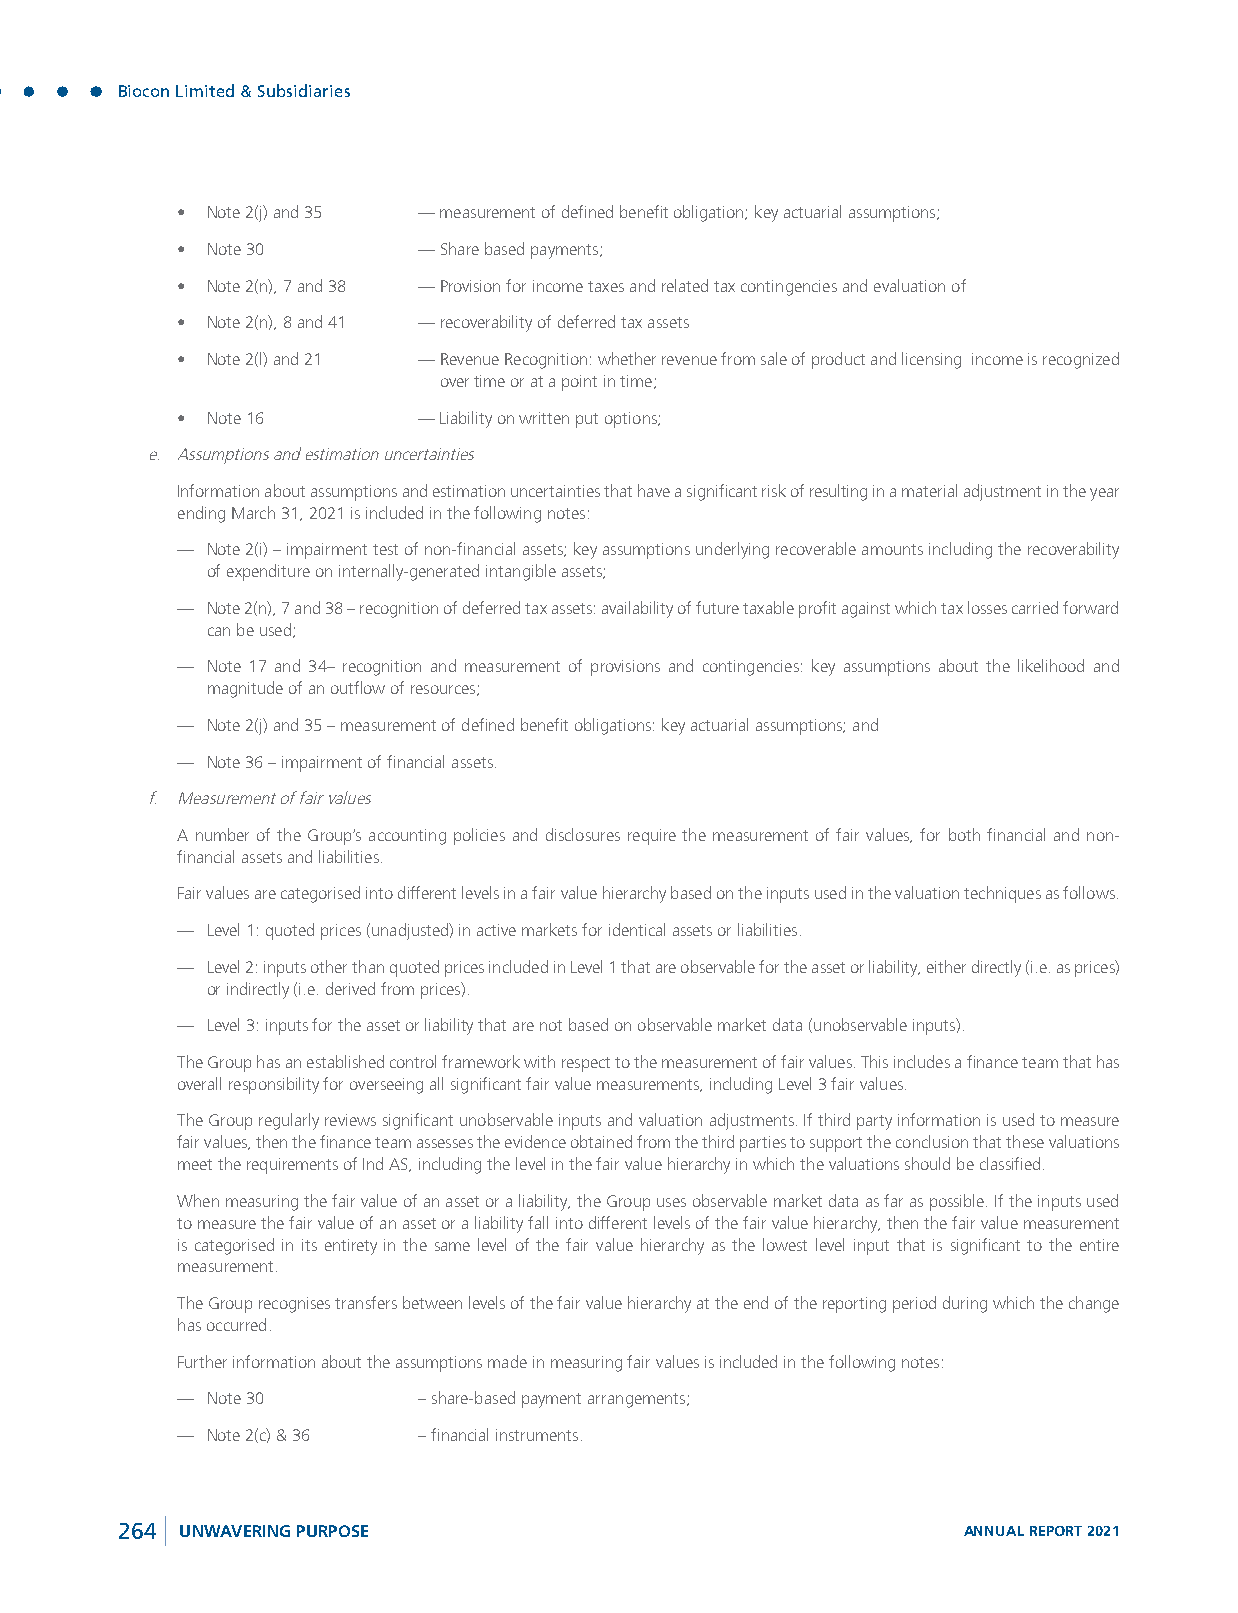
Biocon Limited & Subsidiaries
 • Note 2(j) and 35 — measurement of defined benefit obligation; key actuarial assumptions;
 • Note 30       — Share based payments;
 • Note 2(n), 7 and 38 — Provision for income taxes and related tax contingencies and evaluation of
 • Note 2(n), 8 and 41 — recoverability of deferred tax assets
 • Note 2(l) and 21 — Revenue Recognition: whether revenue from sale of product and licensing income is recognized
 over time or at a point in time;
 • Note 16       — Liability on written put options;
 e. Assumptions and estimation uncertainties
 Information about assumptions and estimation uncertainties that have a significant risk of resulting in a material adjustment in the year
 ending March 31, 2021 is included in the following notes:
 — Note 2(i) – impairment test of non-financial assets; key assumptions underlying recoverable amounts including the recoverability
 of expenditure on internally-generated intangible assets;
 — Note 2(n), 7 and 38 – recognition of deferred tax assets: availability of future taxable profit against which tax losses carried forward
 can be used;
 — Note 17 and 34– recognition and measurement of provisions and contingencies: key assumptions about the likelihood and
 magnitude of an outflow of resources;
 — Note 2(j) and 35 – measurement of defined benefit obligations: key actuarial assumptions; and
 — Note 36 – impairment of financial assets.
 f. Measurement of fair values
 A number of the Group’s accounting policies and disclosures require the measurement of fair values, for both financial and non-
 financial assets and liabilities.
 Fair values are categorised into different levels in a fair value hierarchy based on the inputs used in the valuation techniques as follows.
 — Level 1: quoted prices (unadjusted) in active markets for identical assets or liabilities.
 — Level 2: inputs other than quoted prices included in Level 1 that are observable for the asset or liability, either directly (i.e. as prices)
 or indirectly (i.e. derived from prices).
 — Level 3: inputs for the asset or liability that are not based on observable market data (unobservable inputs).
 The Group has an established control framework with respect to the measurement of fair values. This includes a finance team that has
 overall responsibility for overseeing all significant fair value measurements, including Level 3 fair values.
 The Group regularly reviews significant unobservable inputs and valuation adjustments. If third party information is used to measure
 fair values, then the finance team assesses the evidence obtained from the third parties to support the conclusion that these valuations
 meet the requirements of Ind AS, including the level in the fair value hierarchy in which the valuations should be classified.
 When measuring the fair value of an asset or a liability, the Group uses observable market data as far as possible. If the inputs used
 to measure the fair value of an asset or a liability fall into different levels of the fair value hierarchy, then the fair value measurement
 is categorised in its entirety in the same level of the fair value hierarchy as the lowest level input that is significant to the entire
 measurement.
 The Group recognises transfers between levels of the fair value hierarchy at the end of the reporting period during which the change
 has occurred.
 Further information about the assumptions made in measuring fair values is included in the following notes:
 — Note 30       – share-based payment arrangements;
 — Note 2(c) & 36 – financial instruments.
 264 UNWAVERING PURPOSE                                  ANNUAL REPORT 2021